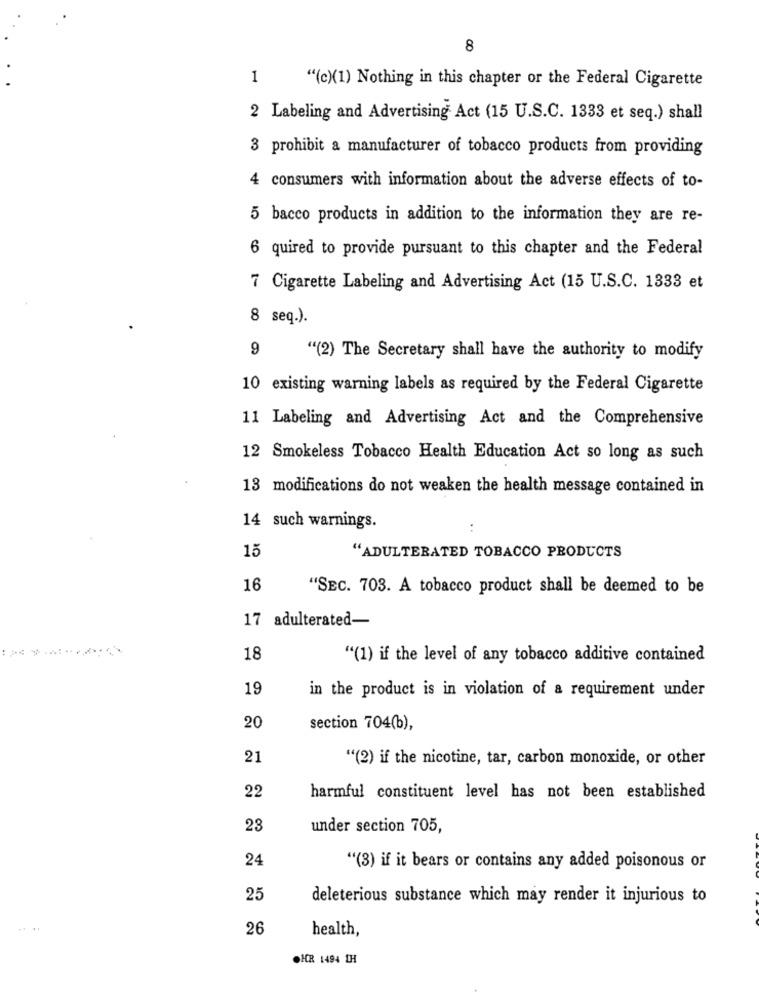
8
1
"(c)(1) Nothing in this chapter or the Federal Cigarette
2 Labeling and Advertising Act (15 U.S.C. 1333 et seq.) shall
3 prohibit a manufacturer of tobacco products from providing
4 consumers with information about the adverse effects of to-
5 bacco products in addition to the information they are re-
6 quired to provide pursuant to this chapter and the Federal
7 Cigarette Labeling and Advertising Act (15 U.S.C. 1333 et
8 seq.).
9
"(2) The Secretary shall have the authority to modify
10 existing warning labels as required by the Federal Cigarette
11 Labeling and Advertising Act and the Comprehensive
12 Smokeless Tobacco Health Education Act so long as such
13 modifications do not weaken the health message contained in
14 such warnings.
15
"ADULTERATED TOBACCO PRODUCTS
16
"SEC. 703. A tobacco product shall be deemed to be
17 adulterated-
18
"(1) if the level of any tobacco additive contained
19
in the product is in violation of a requirement under
20
section 704(b),
21
"(2) if the nicotine, tar, carbon monoxide, or other
22
harmful constituent level has not been established
23
under section 705,
24
"(3) if it bears or contains any added poisonous or
25
deleterious substance which may render it injurious to
26
health,
OHR 1494 1H